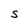
Character: S